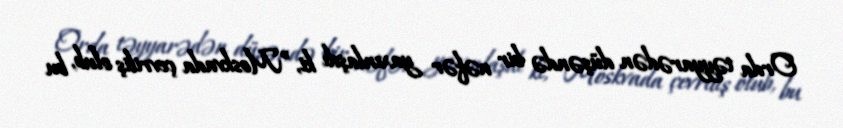
Orda təyyarədən düşəndə bir nəfər yaxınlaşdı ki, ”Moskvada çevriliş olub, bu